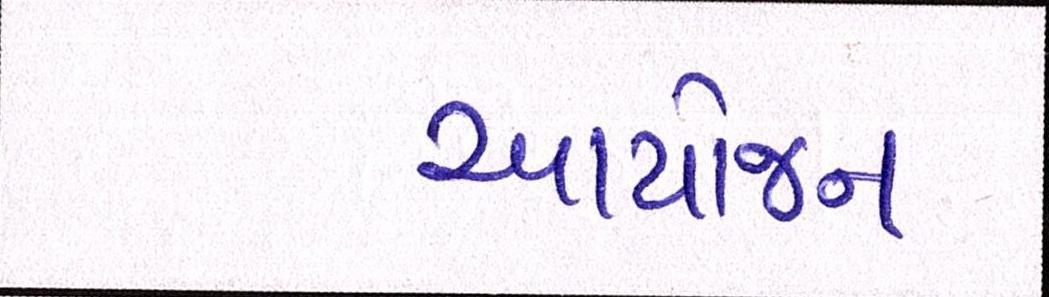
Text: આયોજન